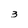
Character: 3